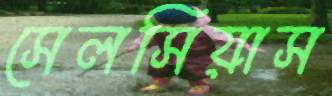
সেলসিয়াস